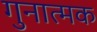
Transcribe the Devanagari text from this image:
गुनात्मक